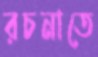
রচনাতে